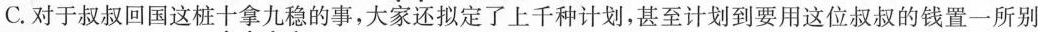
C.对于叔叔回国这桩\underset{·}{十}\underset{·}{拿}\underset{·}{九}\underset{·}{稳}的事，大家还拟定了上千种计划，甚至计划到要用这位叔叔的钱置一所别